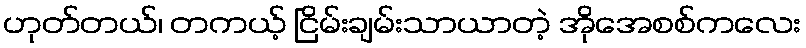
ဟုတ်တယ်၊ တကယ့် ငြိမ်းချမ်းသာယာတဲ့ အိုအေစစ်ကလေး